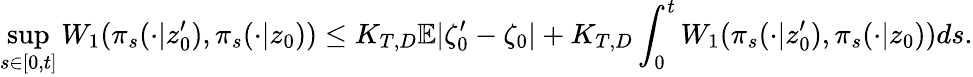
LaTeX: \operatorname*{sup}_{s\in[0,t]}W_{1}(\pi_{s}(\cdot|z_{0}^{\prime}),\pi_{s}(\cdot|z_{0}))\leq K_{T,D}\mathbb{E}|\zeta_{0}^{\prime}-\zeta_{0}|+K_{T,D}\int_{0}^{t}W_{1}(\pi_{s}(\cdot|z_{0}^{\prime}),\pi_{s}(\cdot|z_{0}))ds.